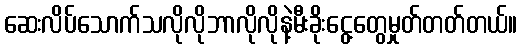
ဆေးလိပ်သောက်သလိုလိုဘာလိုလိုနဲ့မီးခိုးငွေ့တွေမှုတ်တတ်တယ်။